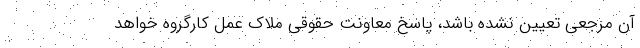
آن مرجعی تعیین نشده باشد، پاسخ معاونت حقوقی ملاک عمل کارگروه خواهد